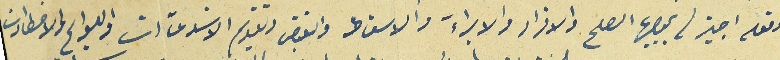
وقوله اجيز له بموجبها الصلح والاقرار والابراءَ والاسقاط والقبض وتقديم الاستدعآات واللوايح والاخطارات